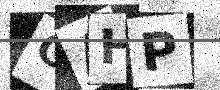
Text: GAHP